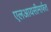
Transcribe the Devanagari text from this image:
एलआयसीमार्फत